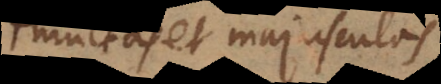
multas et majusculas